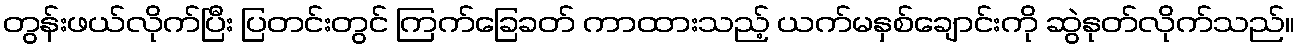
တွန်းဖယ်လိုက်ပြီး ပြတင်းတွင် ကြက်ခြေခတ် ကာထားသည့် ယက်မနှစ်ချောင်းကို ဆွဲနုတ်လိုက်သည်။